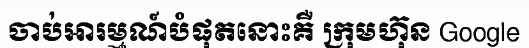
ចាប់អារម្មណ៍បំផុតនោះគឺ ក្រុមហ៊ុន Google